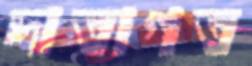
দাতাগত